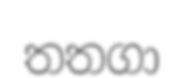
තතගා